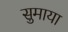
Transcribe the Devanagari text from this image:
सुमाया